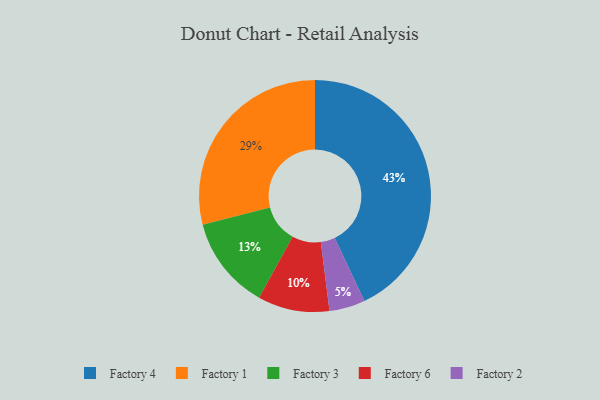
{"axis": {"x": "Category", "y": "Percentage"}, "legend": ["Factory 1", "Factory 2", "Factory 3", "Factory 4", "Factory 6"], "data": [{"x": "Factory 4", "y": 43, "type": "Factory 4"}, {"x": "Factory 3", "y": 13, "type": "Factory 3"}, {"x": "Factory 1", "y": 29, "type": "Factory 1"}, {"x": "Factory 6", "y": 10, "type": "Factory 6"}, {"x": "Factory 2", "y": 5, "type": "Factory 2"}]}